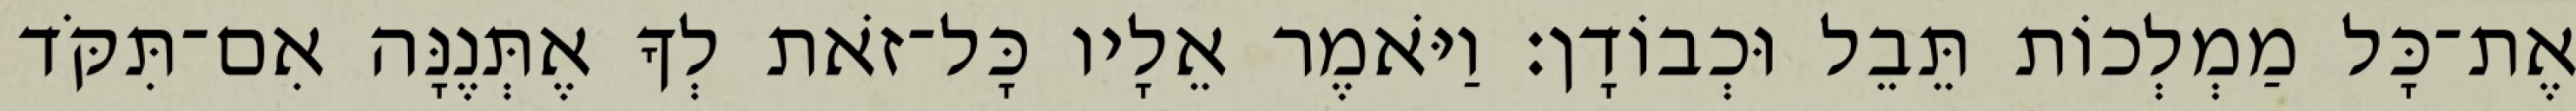
אֶת־כָּל מַמְלְכוֹת תֵּבֵל וּכְבוֹדָן׃ וַיֹּאמֶר אֵלָיו כָּל־זֹאת לְךָ אֶתְּנֶנָּה אִם־תִּקֹּד